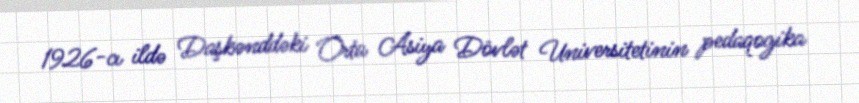
1926-cı ildə Daşkənddəki Orta Asiya Dövlət Universitetinin pedaqogika